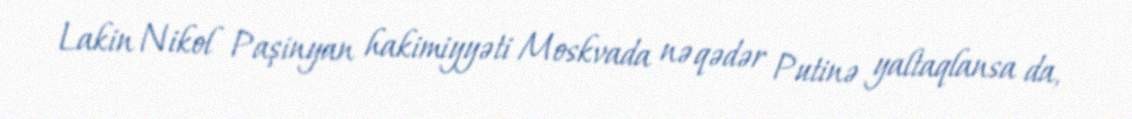
Lakin Nikol Paşinyan hakimiyyəti Moskvada nə qədər Putinə yaltaqlansa da,